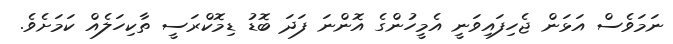
ނަމަވެސް އަޅަން ޖެހިފައިވަނީ އެމީހުންގެ އޮންނަ ފަދަ ބޮޑު ޑިމޮކްރަސީ ތާކިހަލެއް ކަމަށެވެ.